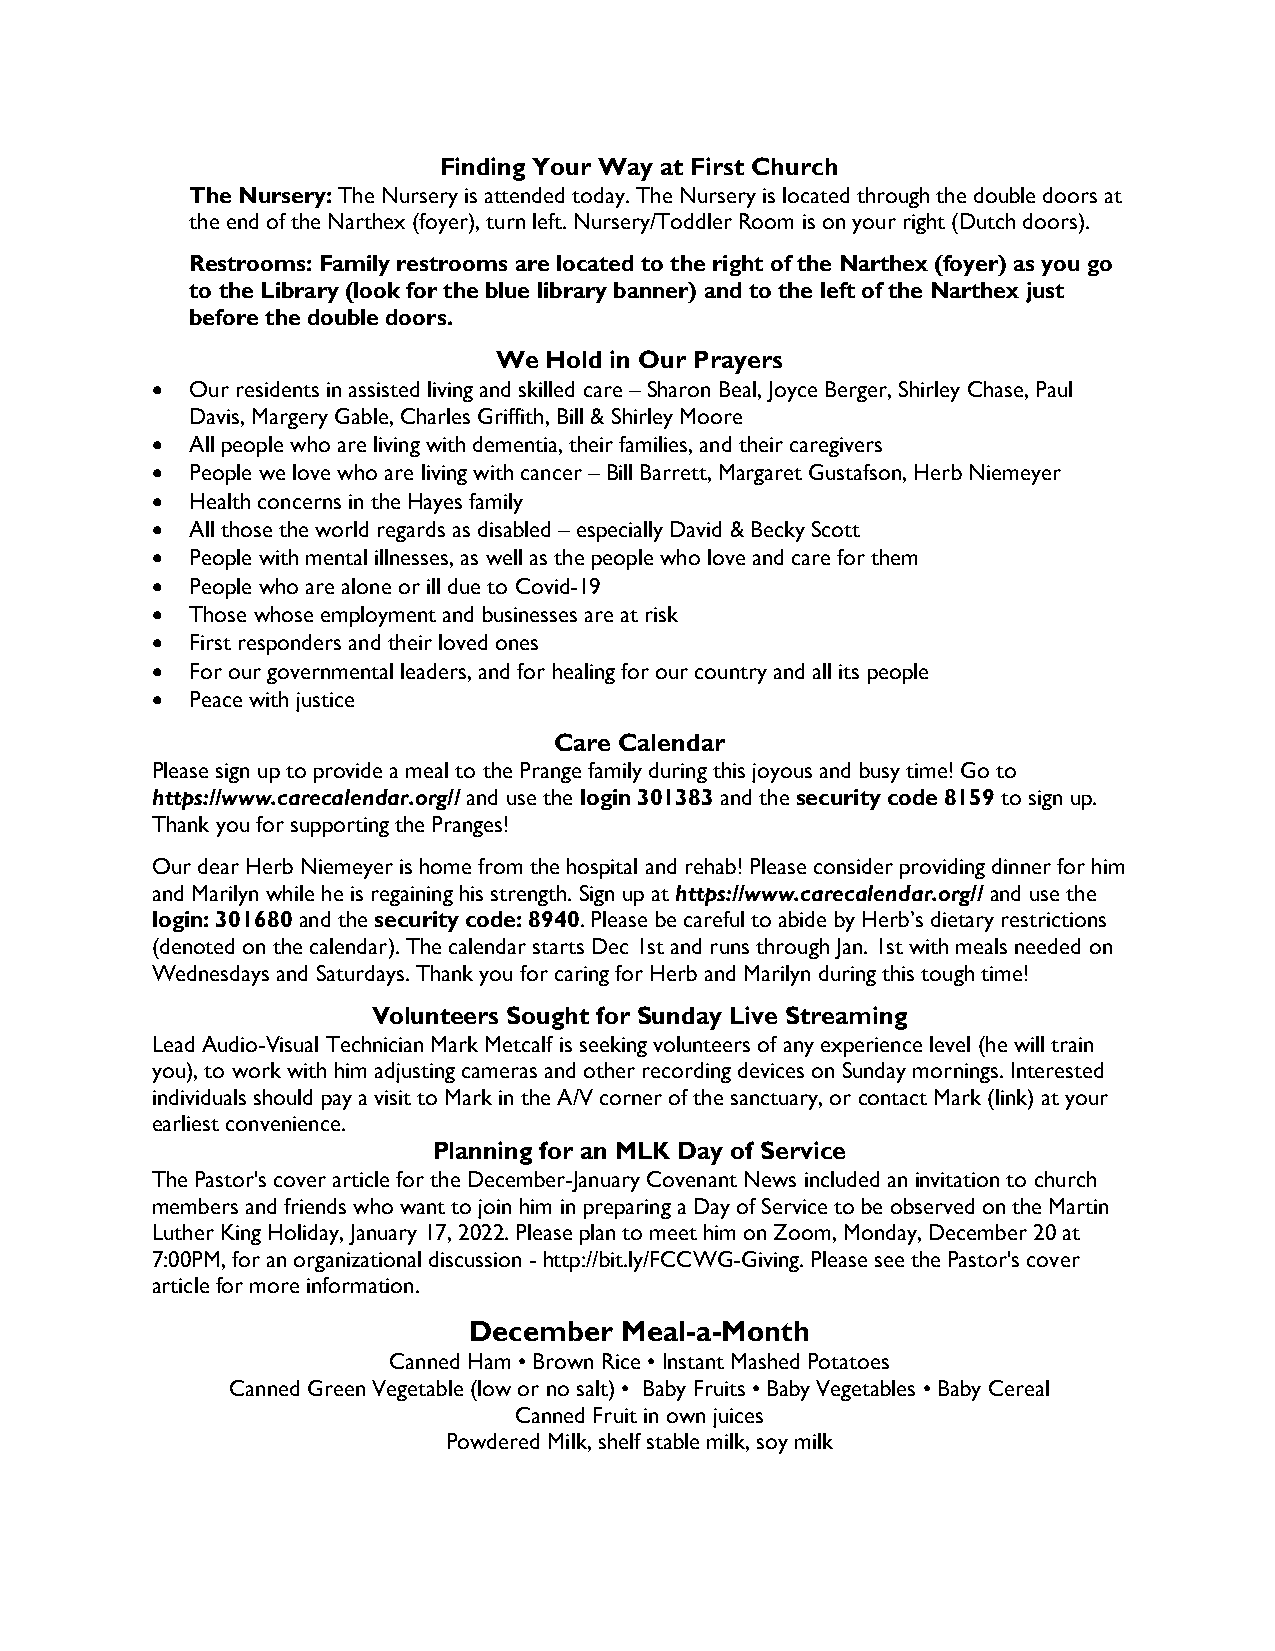
Finding Your Way at First Church
 The Nursery: The Nursery is attended today. The Nursery is located through the double doors at
 the end of the Narthex (foyer), turn left. Nursery/Toddler Room is on your right (Dutch doors).
 Restrooms: Family restrooms are located to the right of the Narthex (foyer) as you go
 to the Library (look for the blue library banner) and to the left of the Narthex just
 before the double doors.
 We Hold in Our Prayers
 •  Our residents in assisted living and skilled care – Sharon Beal, Joyce Berger, Shirley Chase, Paul
 Davis, Margery Gable, Charles Griffith, Bill & Shirley Moore
 •  All people who are living with dementia, their families, and their caregivers
 •  People we love who are living with cancer – Bill Barrett, Margaret Gustafson, Herb Niemeyer
 •  Health concerns in the Hayes family
 •  All those the world regards as disabled – especially David & Becky Scott
 •  People with mental illnesses, as well as the people who love and care for them
 •  People who are alone or ill due to Covid-19
 •  Those whose employment and businesses are at risk
 •  First responders and their loved ones
 •  For our governmental leaders, and for healing for our country and all its people
 •  Peace with justice
 Care Calendar
 Please sign up to provide a meal to the Prange family during this joyous and busy time! Go to
 https://www.carecalendar.org// and use the login 301383 and the security code 8159 to sign up.
 Thank you for supporting the Pranges!
 Our dear Herb Niemeyer is home from the hospital and rehab! Please consider providing dinner for him
 and Marilyn while he is regaining his strength. Sign up at https://www.carecalendar.org// and use the
 login: 301680 and the security code: 8940. Please be careful to abide by Herb’s dietary restrictions
 (denoted on the calendar). The calendar starts Dec 1st and runs through Jan. 1st with meals needed on
 Wednesdays and Saturdays. Thank you for caring for Herb and Marilyn during this tough time!
 Volunteers Sought for Sunday Live Streaming
 Lead Audio-Visual Technician Mark Metcalf is seeking volunteers of any experience level (he will train
 you), to work with him adjusting cameras and other recording devices on Sunday mornings. Interested
 individuals should pay a visit to Mark in the A/V corner of the sanctuary, or contact Mark (link) at your
 earliest convenience.
 Planning for an MLK Day of Service
 The Pastor's cover article for the December-January Covenant News included an invitation to church
 members and friends who want to join him in preparing a Day of Service to be observed on the Martin
 Luther King Holiday, January 17, 2022. Please plan to meet him on Zoom, Monday, December 20 at
 7:00PM, for an organizational discussion - http://bit.ly/FCCWG-Giving. Please see the Pastor's cover
 article for more information.
 December  Meal-a-Month
 Canned Ham • Brown Rice • Instant Mashed Potatoes
 Canned Green Vegetable (low or no salt) • Baby Fruits • Baby Vegetables • Baby Cereal
 Canned Fruit in own juices
 Powdered Milk, shelf stable milk, soy milk